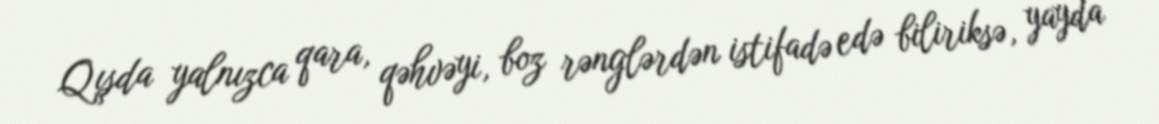
Qışda yalnızca qara, qəhvəyi, boz rənglərdən istifadə edə biliriksə, yayda